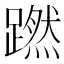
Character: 蹨